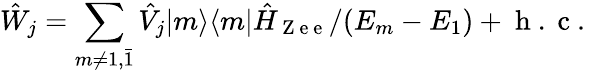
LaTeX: \hat{W}_{j}=\sum_{m\neq 1,\bar{1}}\hat{V}_{j}|m\rangle\langle m|\hat{H}_{\mathrm{~Z~e~e~}}/(E_{m}-E_{1})+\mathrm{~h~.~c~.~}